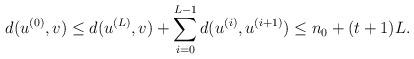
LaTeX: \begin{align*} d(u^{(0)}, v) \leq d(u^{(L)}, v) + \sum_{i=0}^{L-1} d(u^{(i)}, u^{(i+1)}) \leq n_0 + (t+1)L.\end{align*}